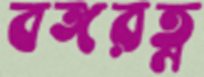
বঙ্গরত্ন